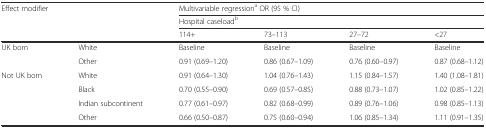
<table><thead><tr><td rowspan="3" colspan="2"><b>Effect modifier</b></td><td colspan="4"><b>Multivariable regression<sup>a</sup> OR (95 % CI)</b></td></tr><tr><td colspan="4"><b>Hospital caseload<sup>b</sup></b></td></tr><tr><td><b>114+</b></td><td><b>73–113</b></td><td><b>27–72</b></td><td><b>&lt;27</b></td></tr></thead><tbody><tr><td>UK born</td><td>White</td><td>Baseline</td><td>Baseline</td><td>Baseline</td><td>Baseline</td></tr><tr><td></td><td>Other</td><td>0.91 (0.69–1.20)</td><td>0.86 (0.67–1.09)</td><td>0.76 (0.60–0.97)</td><td>0.87 (0.68–1.12)</td></tr><tr><td>Not UK born</td><td>White</td><td>0.91 (0.64–1.30)</td><td>1.04 (0.76–1.43)</td><td>1.15 (0.84–1.57)</td><td>1.40 (1.08–1.81)</td></tr><tr><td></td><td>Black</td><td>0.70 (0.55–0.90)</td><td>0.69 (0.57–0.85)</td><td>0.88 (0.73–1.07)</td><td>1.02 (0.85–1.22)</td></tr><tr><td></td><td>Indian subcontinent</td><td>0.77 (0.61–0.97)</td><td>0.82 (0.68–0.99)</td><td>0.89 (0.76–1.06)</td><td>0.98 (0.85–1.13)</td></tr><tr><td></td><td>Other</td><td>0.66 (0.50–0.87)</td><td>0.75 (0.60–0.94)</td><td>1.06 (0.85–1.34)</td><td>1.11 (0.91–1.35)</td></tr></tbody></table>